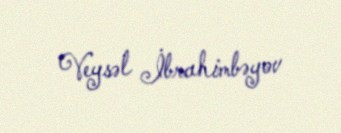
Veysəl İbrahimbəyov